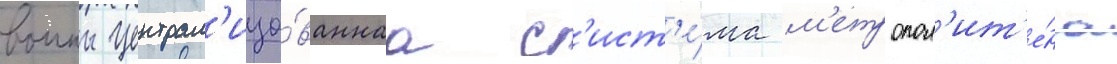
воины централ'изо́ваннаа с'ист'е́ма м'етропол'ит'е́на